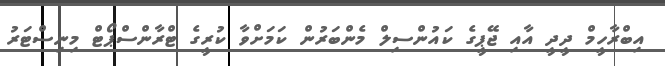
އިބްރާހީމް ދީދީ އާއި ޖޭޕީގެ ކައުންސިލް މެންބަރުން ކަމަށްވާ ކުރީގެ ޓްރާންސްޕޯޓް މިނިސްޓަރު